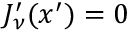
J _ { \nu } ^ { \prime } ( x ^ { \prime } ) = 0